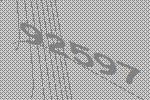
92597